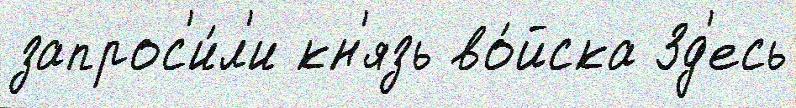
запрос'и́л'и кн'язь во́йска Зд'есь